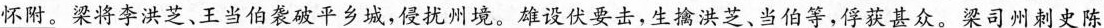
怀附。梁将李洪芝、王当伯袭破平乡城，侵扰州境。雄设伏要击，生擒洪芝、当伯等，俘获甚众。梁司州刺史陈